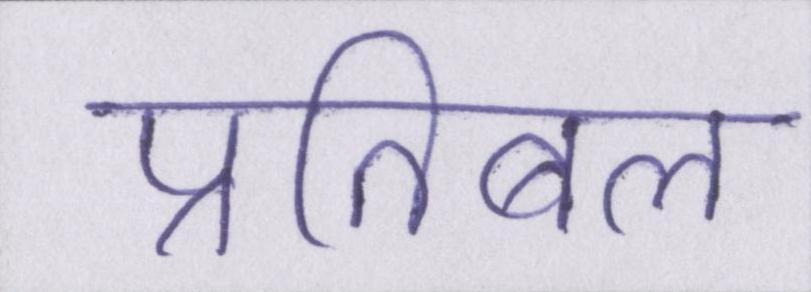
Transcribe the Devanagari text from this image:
प्रतिबल